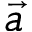
\vec { a }